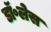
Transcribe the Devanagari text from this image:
डॉ॰लेस